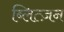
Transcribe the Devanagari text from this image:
ब्लित्ज़न